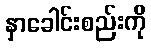
နှာခေါင်းစည်းကို